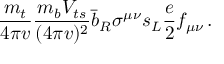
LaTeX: { \frac { m _ { t } } { 4 \pi v } } { \frac { m _ { b } V _ { t s } } { ( 4 \pi v ) ^ { 2 } } } \bar { b } _ { R } \sigma ^ { \mu \nu } s _ { L } { \frac { e } { 2 } } f _ { \mu \nu } \, .